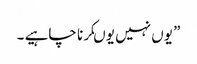
” یوں نہیں یوںکرنا چاہیے ۔